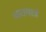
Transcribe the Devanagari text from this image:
जातमात्रं